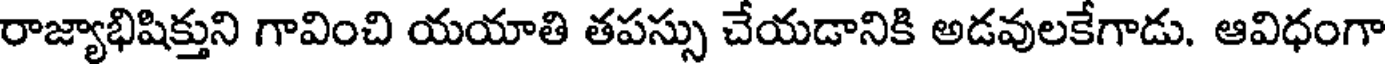
రాజ్యాభిషిక్తుని గావించి యయాతి తపస్సు చేయడానికి అడవులకేగాడు. ఆవిధంగా